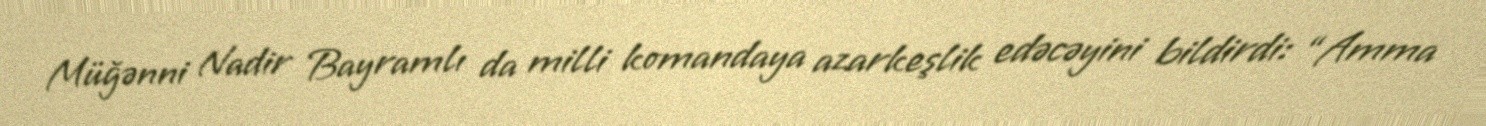
Müğənni Nadir Bayramlı da milli komandaya azarkeşlik edəcəyini bildirdi: “Amma